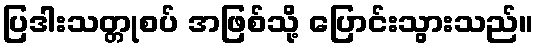
ပြဒါးသတ္တုစပ် အဖြစ်သို့ ပြောင်းသွားသည်။